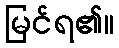
မြင်ရ၏။